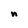
Character: n